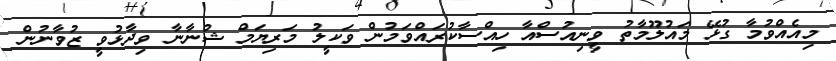
މިއެއްވުމާ ގުޅޭ މައުލޫމާތު ވީނިއުސްއާ ހިއްސާކުރައްވަމުން ވަކީލު މަރިޔަމް ޝުނާނާ ވިދާޅުވީ ޒުވާނުން